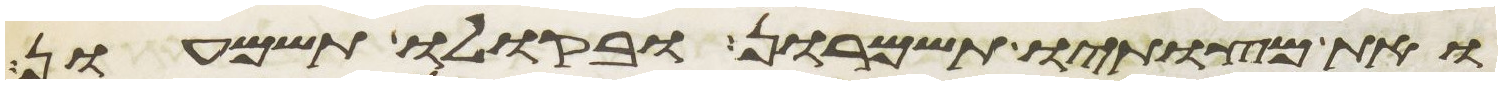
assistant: ואת מצותיו תשמרון ובקולו תשמעון